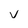
Character: v